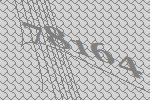
78164